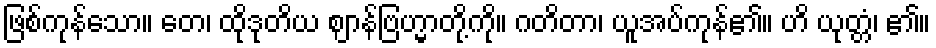
ဖြစ်ကုန်သော။ တေ၊ ထိုဒုတိယ ဈာန်ဗြဟ္မာတို့ကို။ ဂတိတာ၊ ယူအပ်ကုန်၏။ ဟိ ယုတ္တံ၊ ၏။